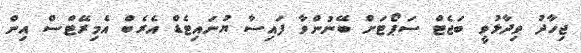
ޖިހާދު ވިދާޅުވީ ބަޖެޓް ސަޕޯޓަށް ބޭނުންވާ ފައިސާ ޔުނައިޓެޑް އެރެބް އެމިރޭޓްސް އިން